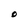
Character: O